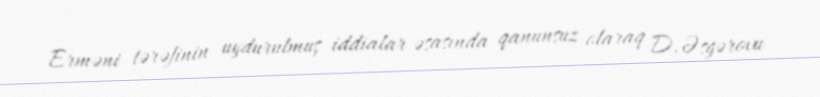
Erməni tərəfinin uydurulmuş iddialar əsasında qanunsuz olaraq D.Əsgərovu